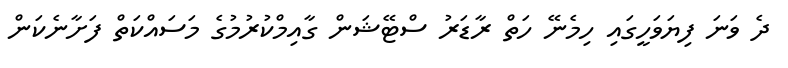
ދެ ވަނަ ފިޔަވަހީގައި ހިމެނޭ ހަތް ރާޑަރު ސްޓޭޝަން ގާއިމްކުރުމުގެ މަސައްކަތް ފަށާނެކަން